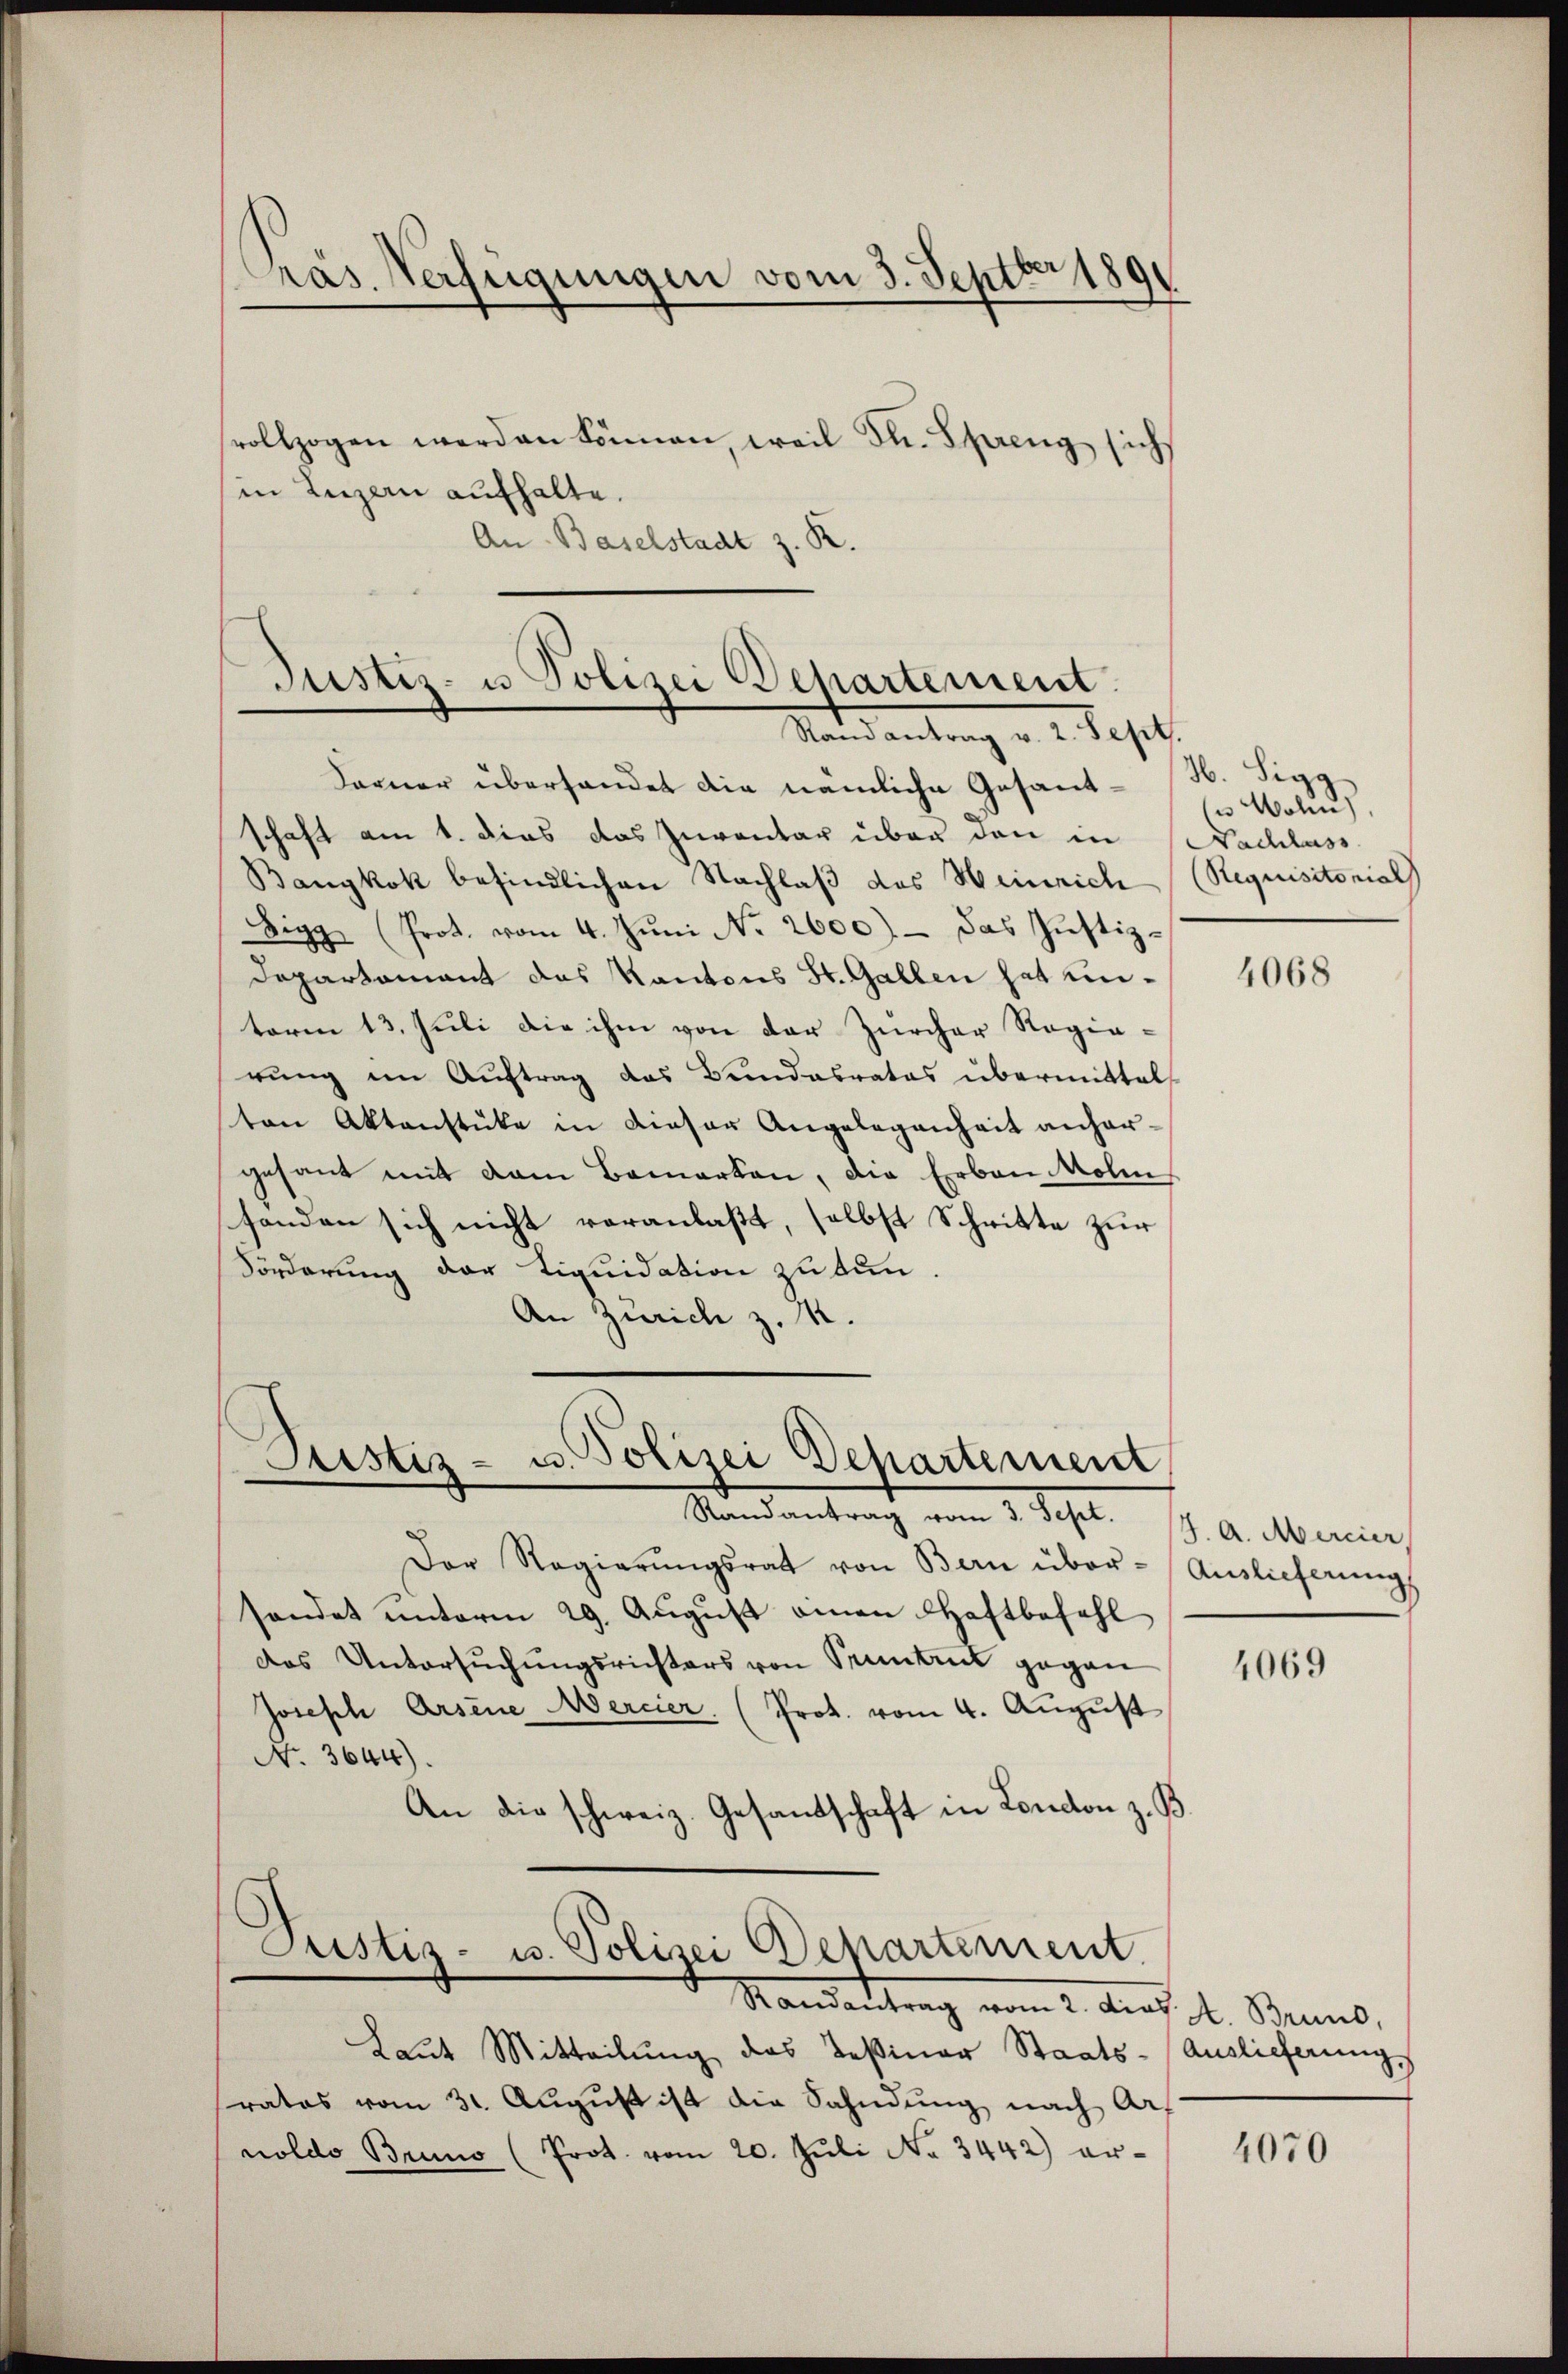
Pras Verfügungen vom 3. Septbr 1891

vollzogen werden können, weil dh. Spreng sich
in Luzern aufhalte.
An Baselstadt z. R.

Justiz- u Polizei Departement.
Randantrag v. 2. Sept.

Ferner überhandet die nämliche Gesand- H. Sigg
schaft am 1. dies das Inventar über den in Nachlass
Banykok befindlichen Nachlaß des Heinrich (Requisitorial
Sigg (Prot. vom 4. Juni No 2600) - das Justiz-
Departamant das Kantons St. Gallen hat unterm 13. Juli die ihm von der Zürcher Regierung im Auftrag das Bundesrates übermittel
ten Aktenstüke in dieser Angelegenheit anhergesant mit dem Bemerken, die Erben Molin
handen sich nicht veranlaßt, selbst Schritte zur
Förderung der Liquidation zu tun
An Zürich z. R.

Justiz- u. Polizei Departement
Mandantrach vom 1. Sept.

Der Regierŭngsrat von Bern über-Auslieferung
sendet unterm 29. August einen Haftbefehl
das Untersŭchŭngsrichters von Pruntrut gegen
Joseph Arsene Mercier. (Prot. vom 4. August
No. 3644).
An die schweiz. Gesandschaft in London z. B.

Justiz- u. Polizei Departement.

Standentrag vom 2. Aug. 1. Beno,
Laut Mitteilung das Teßiner Staats-Auslieferung,
ratos vom 31. Aŭgŭst ist die Sahndung nach Art
noldo Bruno (Prot. vom 20. Jŭli No 3442) er¬

(u. Wohn

4068

4. A. Mercier,

4069

4070